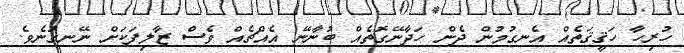
ހުރިހާ ހަޤީޤަތެއް އެނގުމުން ދެން ހަދާނޭގޮތެއް ބުނާނޭ އެއްޗެއް ވެސް ޒާލިފަކަށް ނޭނގުނެވެ.